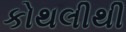
કોથલીથી